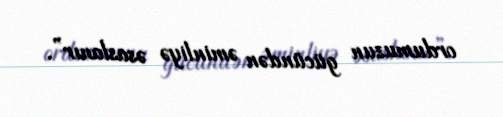
ordumuzun gücündən əminliyə əsaslanır”.